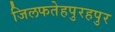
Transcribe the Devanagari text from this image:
जिलफतेहपुरहपुर